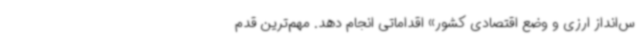
س‌انداز ارزی و وضع اقتصادی کشور» اقداماتی انجام دهد. مهم‌ترین قدم